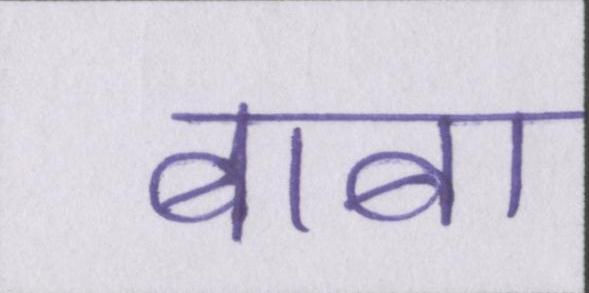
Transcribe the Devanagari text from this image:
बाबा